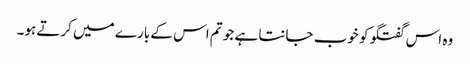
وہ اس گفتگو کو خوب جانتا ہے جو تم اس کے بارے میں کرتے ہو۔